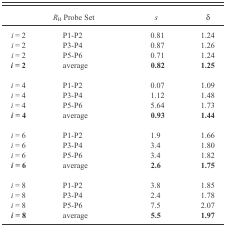
<table><thead><tr><td></td><td><b><i>R</i><sub>H</sub> Probe Set</b></td><td><b><i>s</i></b></td><td><b>δ</b></td></tr></thead><tbody><tr><td><i>i</i> = 2</td><td>P1–P2</td><td>0.81</td><td>1.24</td></tr><tr><td><i>i</i> = 2</td><td>P3–P4</td><td>0.87</td><td>1.26</td></tr><tr><td><i>i</i> = 2</td><td>P5–P6</td><td>0.71</td><td>1.24</td></tr><tr><td><b><i>i</i> = 2</b></td><td>average</td><td><b>0.82</b></td><td><b>1.25</b></td></tr><tr><td><i>i</i> = 4</td><td>P1–P2</td><td>0.07</td><td>1.09</td></tr><tr><td><i>i</i> = 4</td><td>P3–P4</td><td>1.12</td><td>1.48</td></tr><tr><td><i>i</i> = 4</td><td>P5–P6</td><td>5.64</td><td>1.73</td></tr><tr><td><b><i>i</i> = 4</b></td><td>average</td><td><b>0.93</b></td><td><b>1.44</b></td></tr><tr><td><i>i</i> = 6</td><td>P1–P2</td><td>1.9</td><td>1.66</td></tr><tr><td><i>i</i> = 6</td><td>P3–P4</td><td>3.4</td><td>1.80</td></tr><tr><td><i>i</i> = 6</td><td>P5–P6</td><td>3.4</td><td>1.82</td></tr><tr><td><b><i>i</i> = 6</b></td><td>average</td><td><b>2.6</b></td><td><b>1.75</b></td></tr><tr><td><i>i</i> = 8</td><td>P1–P2</td><td>3.8</td><td>1.85</td></tr><tr><td><i>i</i> = 8</td><td>P3–P4</td><td>2.4</td><td>1.78</td></tr><tr><td><i>i</i> = 8</td><td>P5–P6</td><td>7.5</td><td>2.07</td></tr><tr><td><b><i>i</i> = 8</b></td><td>average</td><td><b>5.5</b></td><td><b>1.97</b></td></tr></tbody></table>